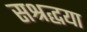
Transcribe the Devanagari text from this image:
सश्रद्धया